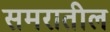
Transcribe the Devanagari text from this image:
समरातील